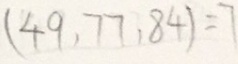
( 4 9 , 7 7 , 8 4 ) = 7